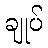
ချုပ်